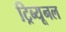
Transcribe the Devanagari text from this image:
ट्रिब्‍यूनल